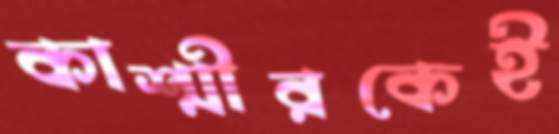
কাশ্মীরকেই